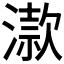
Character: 𣽟